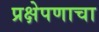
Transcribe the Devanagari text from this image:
प्रक्षेपणाचा